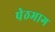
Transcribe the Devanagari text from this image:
पेठभाग